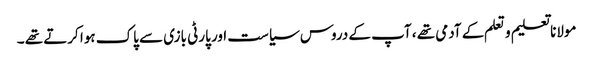
مولانا تعلیم و تعلم کے آدمی تھے ، آپ کے دروس سیاست اور پارٹی بازی سے پاک ہوا کرتے تھے ۔